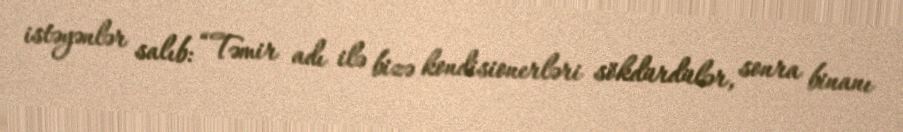
istəyənlər salıb: “Təmir adı ilə bizə kondisionerləri sökdürdülər, sonra binanı